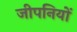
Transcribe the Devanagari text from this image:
जीपनियों